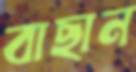
বাছান